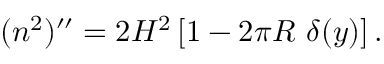
( n ^ { 2 } ) ^ { \prime \prime } = 2 H ^ { 2 } \left[ 1 - 2 \pi R \ \delta ( y ) \right] .